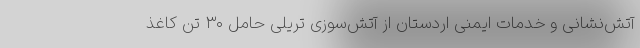
آتش‌نشانی و خدمات ایمنی اردستان از آتش‌سوزی تریلی حامل ۳۰ تن کاغذ